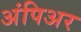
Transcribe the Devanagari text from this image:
अंपिअर